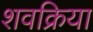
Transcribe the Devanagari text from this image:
शवक्रिया